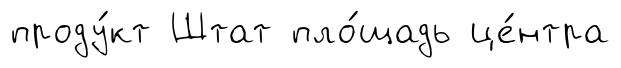
проду́кт Штат пло́щадь це́нтра